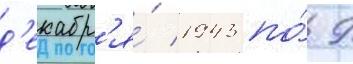
д'екабр'я́ 1943 по́ 9